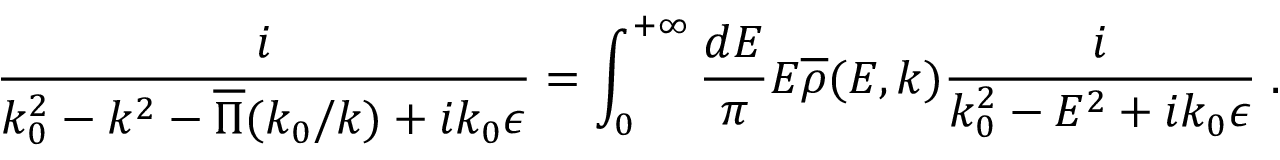
{ \frac { i } { k _ { 0 } ^ { 2 } - k ^ { 2 } - \overline { { { \Pi } } } ( k _ { 0 } / k ) + i k _ { 0 } \epsilon } } = \int _ { 0 } ^ { + \infty } { \frac { d E } { \pi } } E \overline { { { \rho } } } ( E , k ) { \frac { i } { k _ { 0 } ^ { 2 } - E ^ { 2 } + i k _ { 0 } \epsilon } } \; .